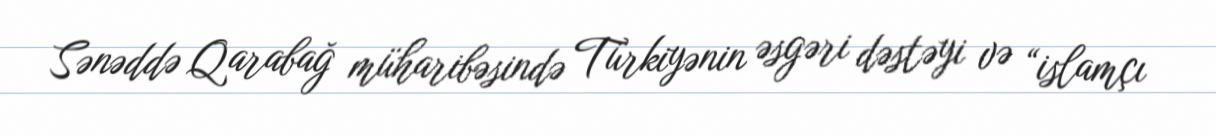
Sənəddə Qarabağ müharibəsində Türkiyənin əsgəri dəstəyi və “islamçı